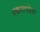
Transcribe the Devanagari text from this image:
एकसपरेस